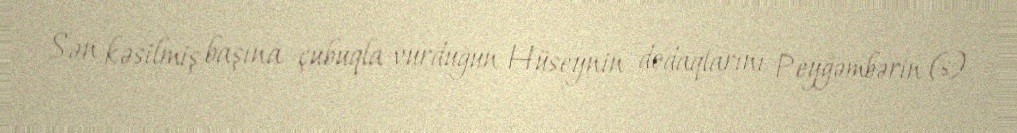
Sən kəsilmiş başına çubuqla vurduğun Hüseynin dodaqlarını Peyğəmbərin (s)